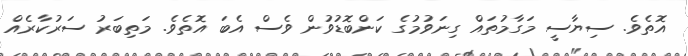
އޮތެވެ. ސިޔާސީ މަގާމުތައް ގިނަވުމުގެ ކަންބޮޑުވުން ވެސް އެބަ އޮތެވެ. މަތިބަރު ސަރުކާރެއް